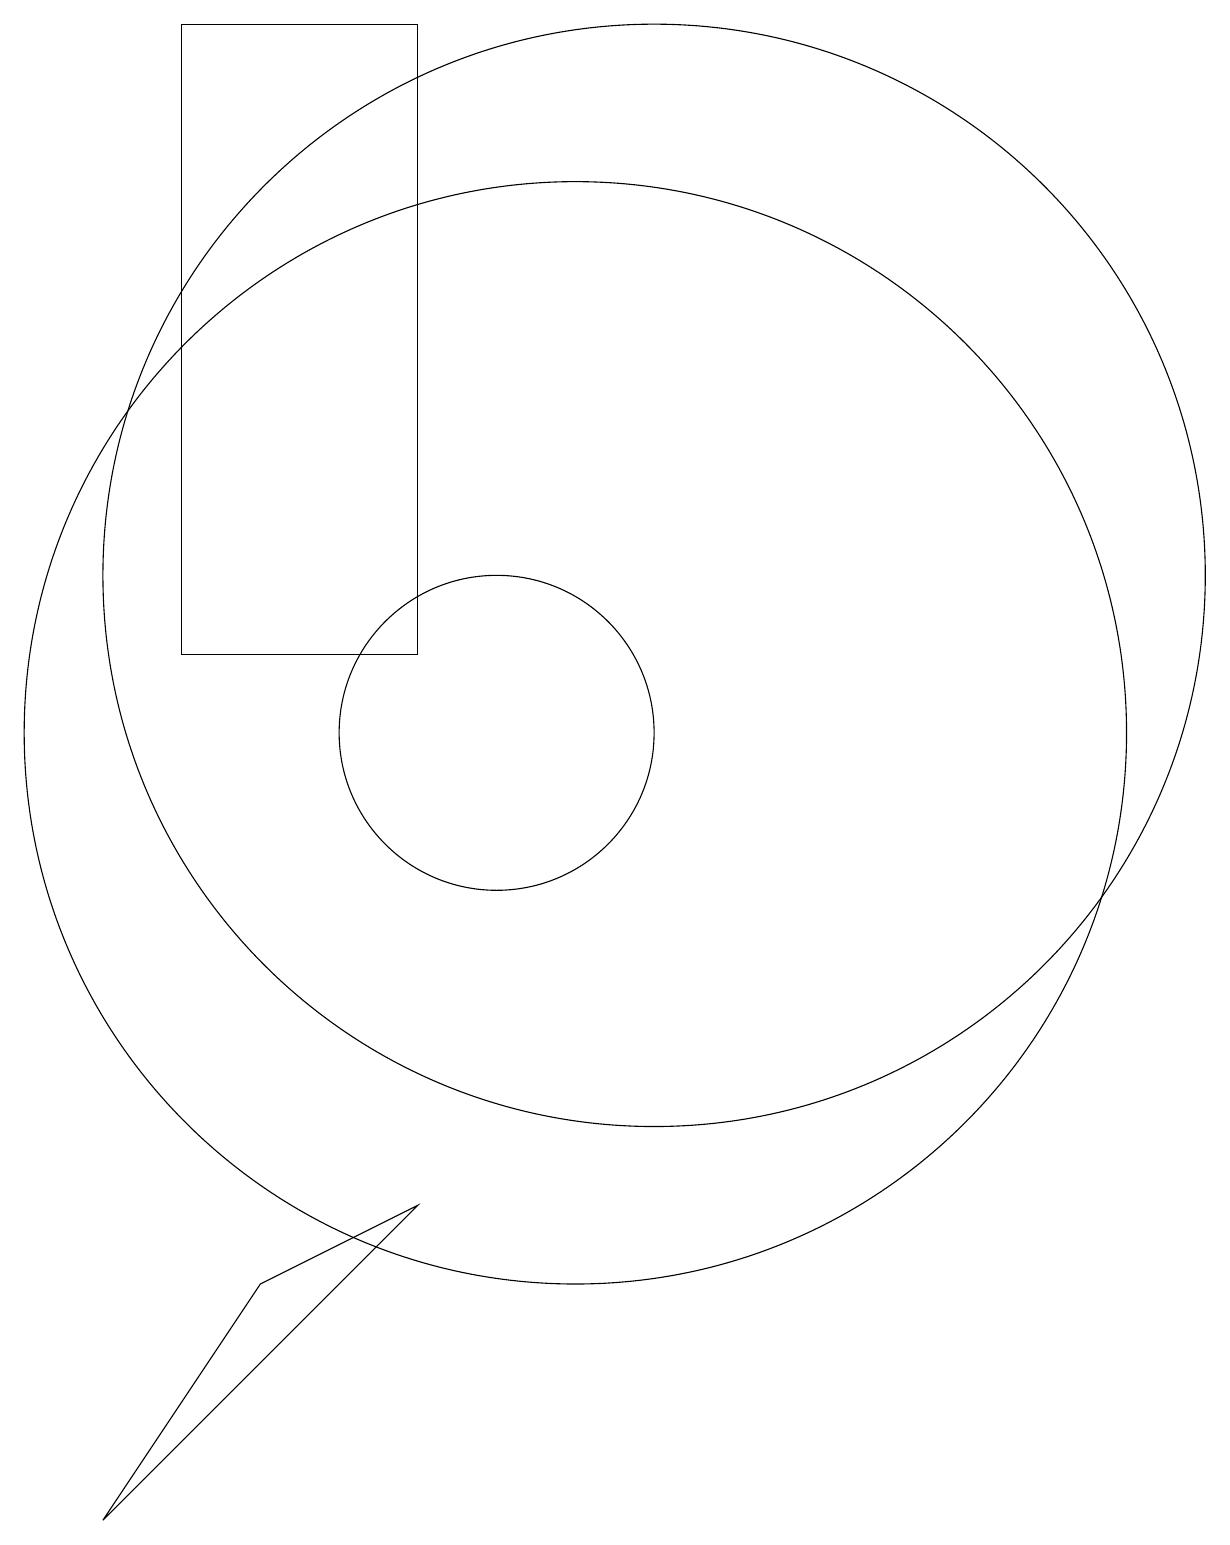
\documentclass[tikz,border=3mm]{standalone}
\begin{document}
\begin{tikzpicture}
\draw (12,12) circle (7);
\draw (10,10) circle (2);
\draw (6,11) rectangle (9,19);
\draw (5,0) -- (7,3) -- (9,4) -- cycle;
\draw (11,10) circle (7);
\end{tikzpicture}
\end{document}